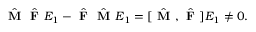
\begin{array} { r } { \hat { \textbf { M } } \hat { \textbf { F } } E _ { 1 } - \hat { \textbf { F } } \hat { \textbf { M } } E _ { 1 } = [ \hat { \textbf { M } } , \hat { \textbf { F } } ] E _ { 1 } \neq 0 . } \end{array}